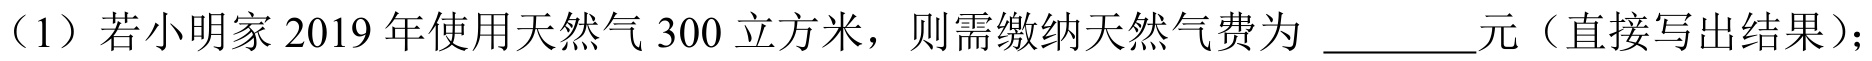
（1）若小明家 2019 年使用天然气 300 立方米，则需缴纳天然气费为 \_\_\_\_\_元（直接写出结果）；